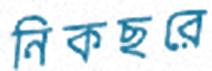
নিকছরে